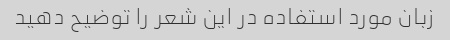
زبان مورد استفاده در این شعر را توضیح دهید